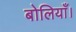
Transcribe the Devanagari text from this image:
बोलियाँ।